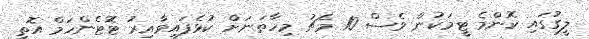
ލީގުގައި ކޮންމެ ޓީމަކުން ވެސް 10 މެޗު މިހާތަނަށް ކުޅެފައިވާއިރު ޓޮޓެންހަމް އޮތީ